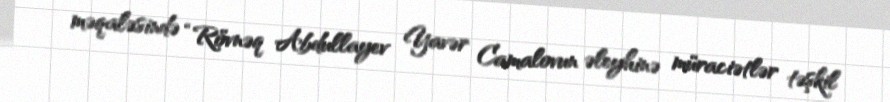
məqaləsində “Rövnəq Abdullayev Yavər Camalovun əleyhinə müraciətlər təşkil